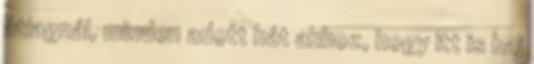
átlagnál, minden adott hát ahhoz, hogy itt is baj